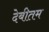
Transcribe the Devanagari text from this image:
देबीतम